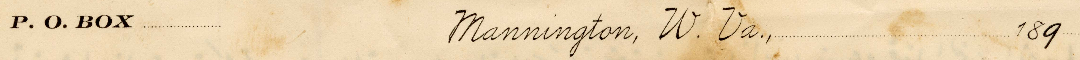
P. O. BOX		Mannington, W. Va., 						189